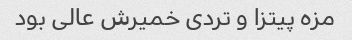
مزه پیتزا و تردی خمیرش عالی بود